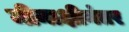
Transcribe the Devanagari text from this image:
मीनाक्षीनंतर